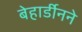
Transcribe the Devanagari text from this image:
बेहार्डीनने